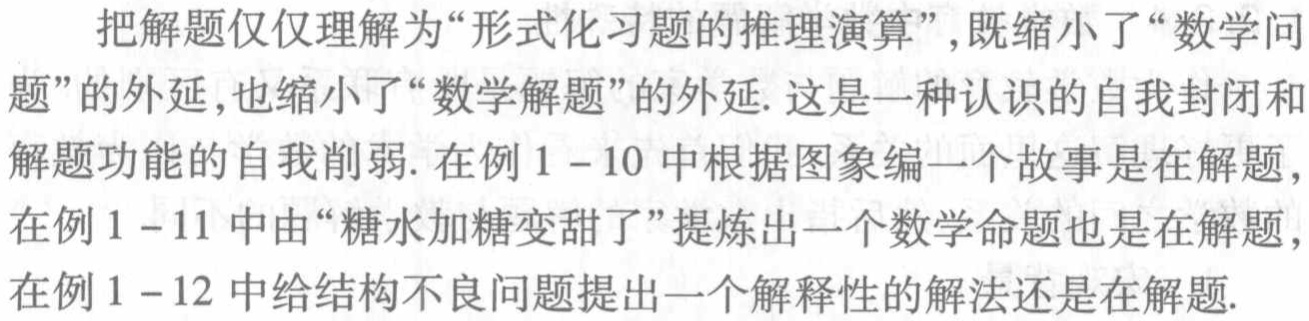
把解题仅仅理解为“形式化习题的推理演算”,既缩小了“数学问

题”的外延,也缩小了“数学解题”的外延. 这是一种认识的自我封闭和

解题功能的自我削弱. 在例 \(1 - 10\) 中根据图象编一个故事是在解题,

在例 \(1 - 11\) 中由“糖水加糖变甜了”提炼出一个数学命题也是在解题,

在例 \(1 - 12\) 中给结构不良问题提出一个解释性的解法还是在解题.